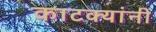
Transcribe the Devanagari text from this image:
काटक्यांनी